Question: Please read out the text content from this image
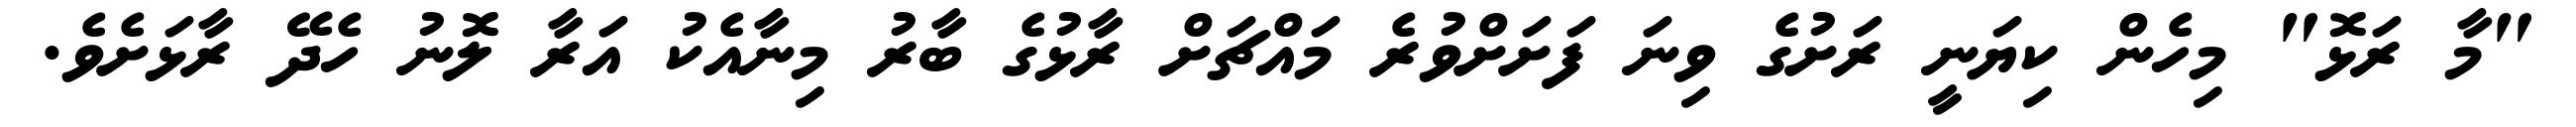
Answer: "މާ ރަޅޮ" މިހެން ކިޔަނީ ރަށުގެ ވިނަ ފަށަށްވުރެ މައްޗަށް ރާޅުގެ ބާރު މިނާއެކު އަރާ ލޮނު ހެދޭ ރާޅަށެވެ.